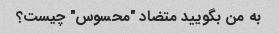
به من بگویید متضاد "محسوس" چیست؟